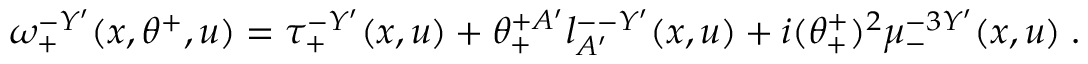
\omega _ { + } ^ { - Y ^ { \prime } } ( x , \theta ^ { + } , u ) = \tau _ { + } ^ { - Y ^ { \prime } } ( x , u ) + \theta _ { + } ^ { + A ^ { \prime } } l _ { A ^ { \prime } } ^ { -- Y ^ { \prime } } ( x , u ) + i ( \theta _ { + } ^ { + } ) ^ { 2 } \mu _ { - } ^ { - 3 Y ^ { \prime } } ( x , u ) \; .